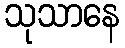
သုသာနေ